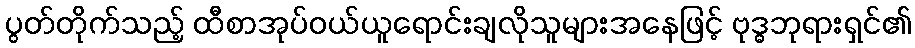
ပွတ်တိုက်သည့် ထီစာအုပ်ဝယ်ယူရောင်းချလိုသူများအနေဖြင့် ဗုဒ္ဓဘုရားရှင်၏